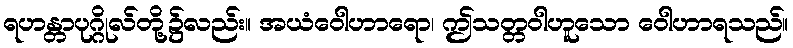
ရဟန္တာပုဂ္ဂိုလ်တို့၌လည်း။ အယံဝေါဟာရော၊ ဤသတ္တဝါဟူသော ဝေါဟာရသည်။